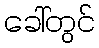
ခေါ်တွင်